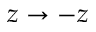
z \rightarrow - z